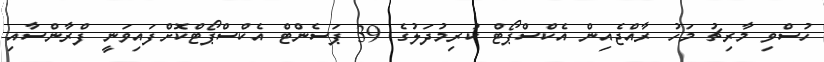
ހުސްވި މާރިޗު މަހު ރާއްޖެއިން އެކްސްޕޯޓް ކުރިމުދަލުގެ 39 ޕަސެންޓް އެކްސްޕޯޓްކޮށްފައިވަނީ ފްރާންސާއި